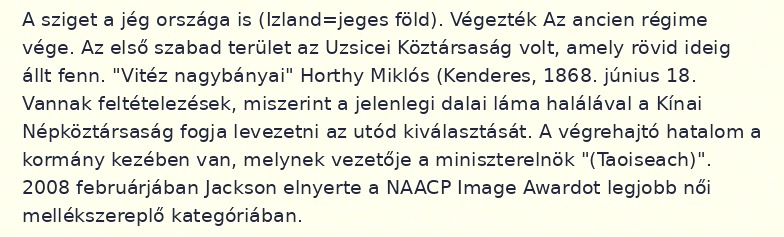
A sziget a jég országa is (Izland=jeges föld). Végezték Az ancien régime vége. Az első szabad terület az Uzsicei Köztársaság volt, amely rövid ideig állt fenn. "Vitéz nagybányai" Horthy Miklós (Kenderes, 1868. június 18. Vannak feltételezések, miszerint a jelenlegi dalai láma halálával a Kínai Népköztársaság fogja levezetni az utód kiválasztását. A végrehajtó hatalom a kormány kezében van, melynek vezetője a miniszterelnök "(Taoiseach)". 2008 februárjában Jackson elnyerte a NAACP Image Awardot legjobb női mellékszereplő kategóriában.